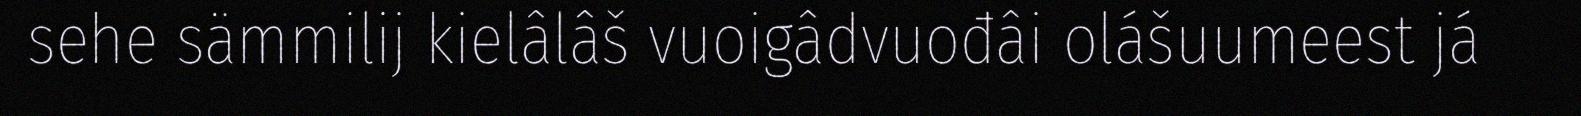
sehe sämmilij kielâlâš vuoigâdvuođâi olášuumeest já